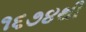
૧૬૭૪થી